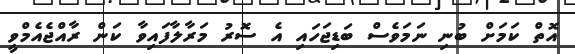
އޮތް ކަމަށް ބުނި ނަމަވެސް ބަޑިޖަހައި އެ ސޮރު މަރާލާފައިވާ ކަން ރާއްޖެއެމްވީ